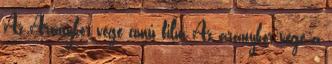
Az Aranykor vége című film Az aranykor vége a